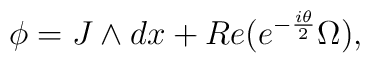
\phi=J\wedge dx +Re(e^{-{i\theta\over2}}\Omega),